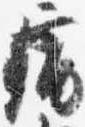
痛